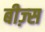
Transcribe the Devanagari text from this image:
बीज़्स